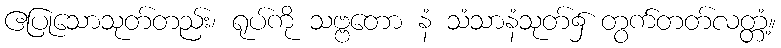
ဧပြုသောသုတ်တည်း၊ ရုပ်ကို သဗ္ဗတော နံ သံသာနံသုတ်၌ တွက်တတ်လတ္တံ့။